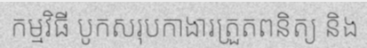
កម្មវិធី បូកសរុបកាងារត្រួតពនិត្យ និង